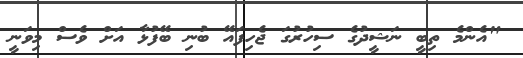
"އެންމެ ތިބީ ނަޝީދުގެ ސިހުރުގަ ޖެހިފައޭ ބުނި ބޭފުޅާ އަށް ވެސް މިވަނީ